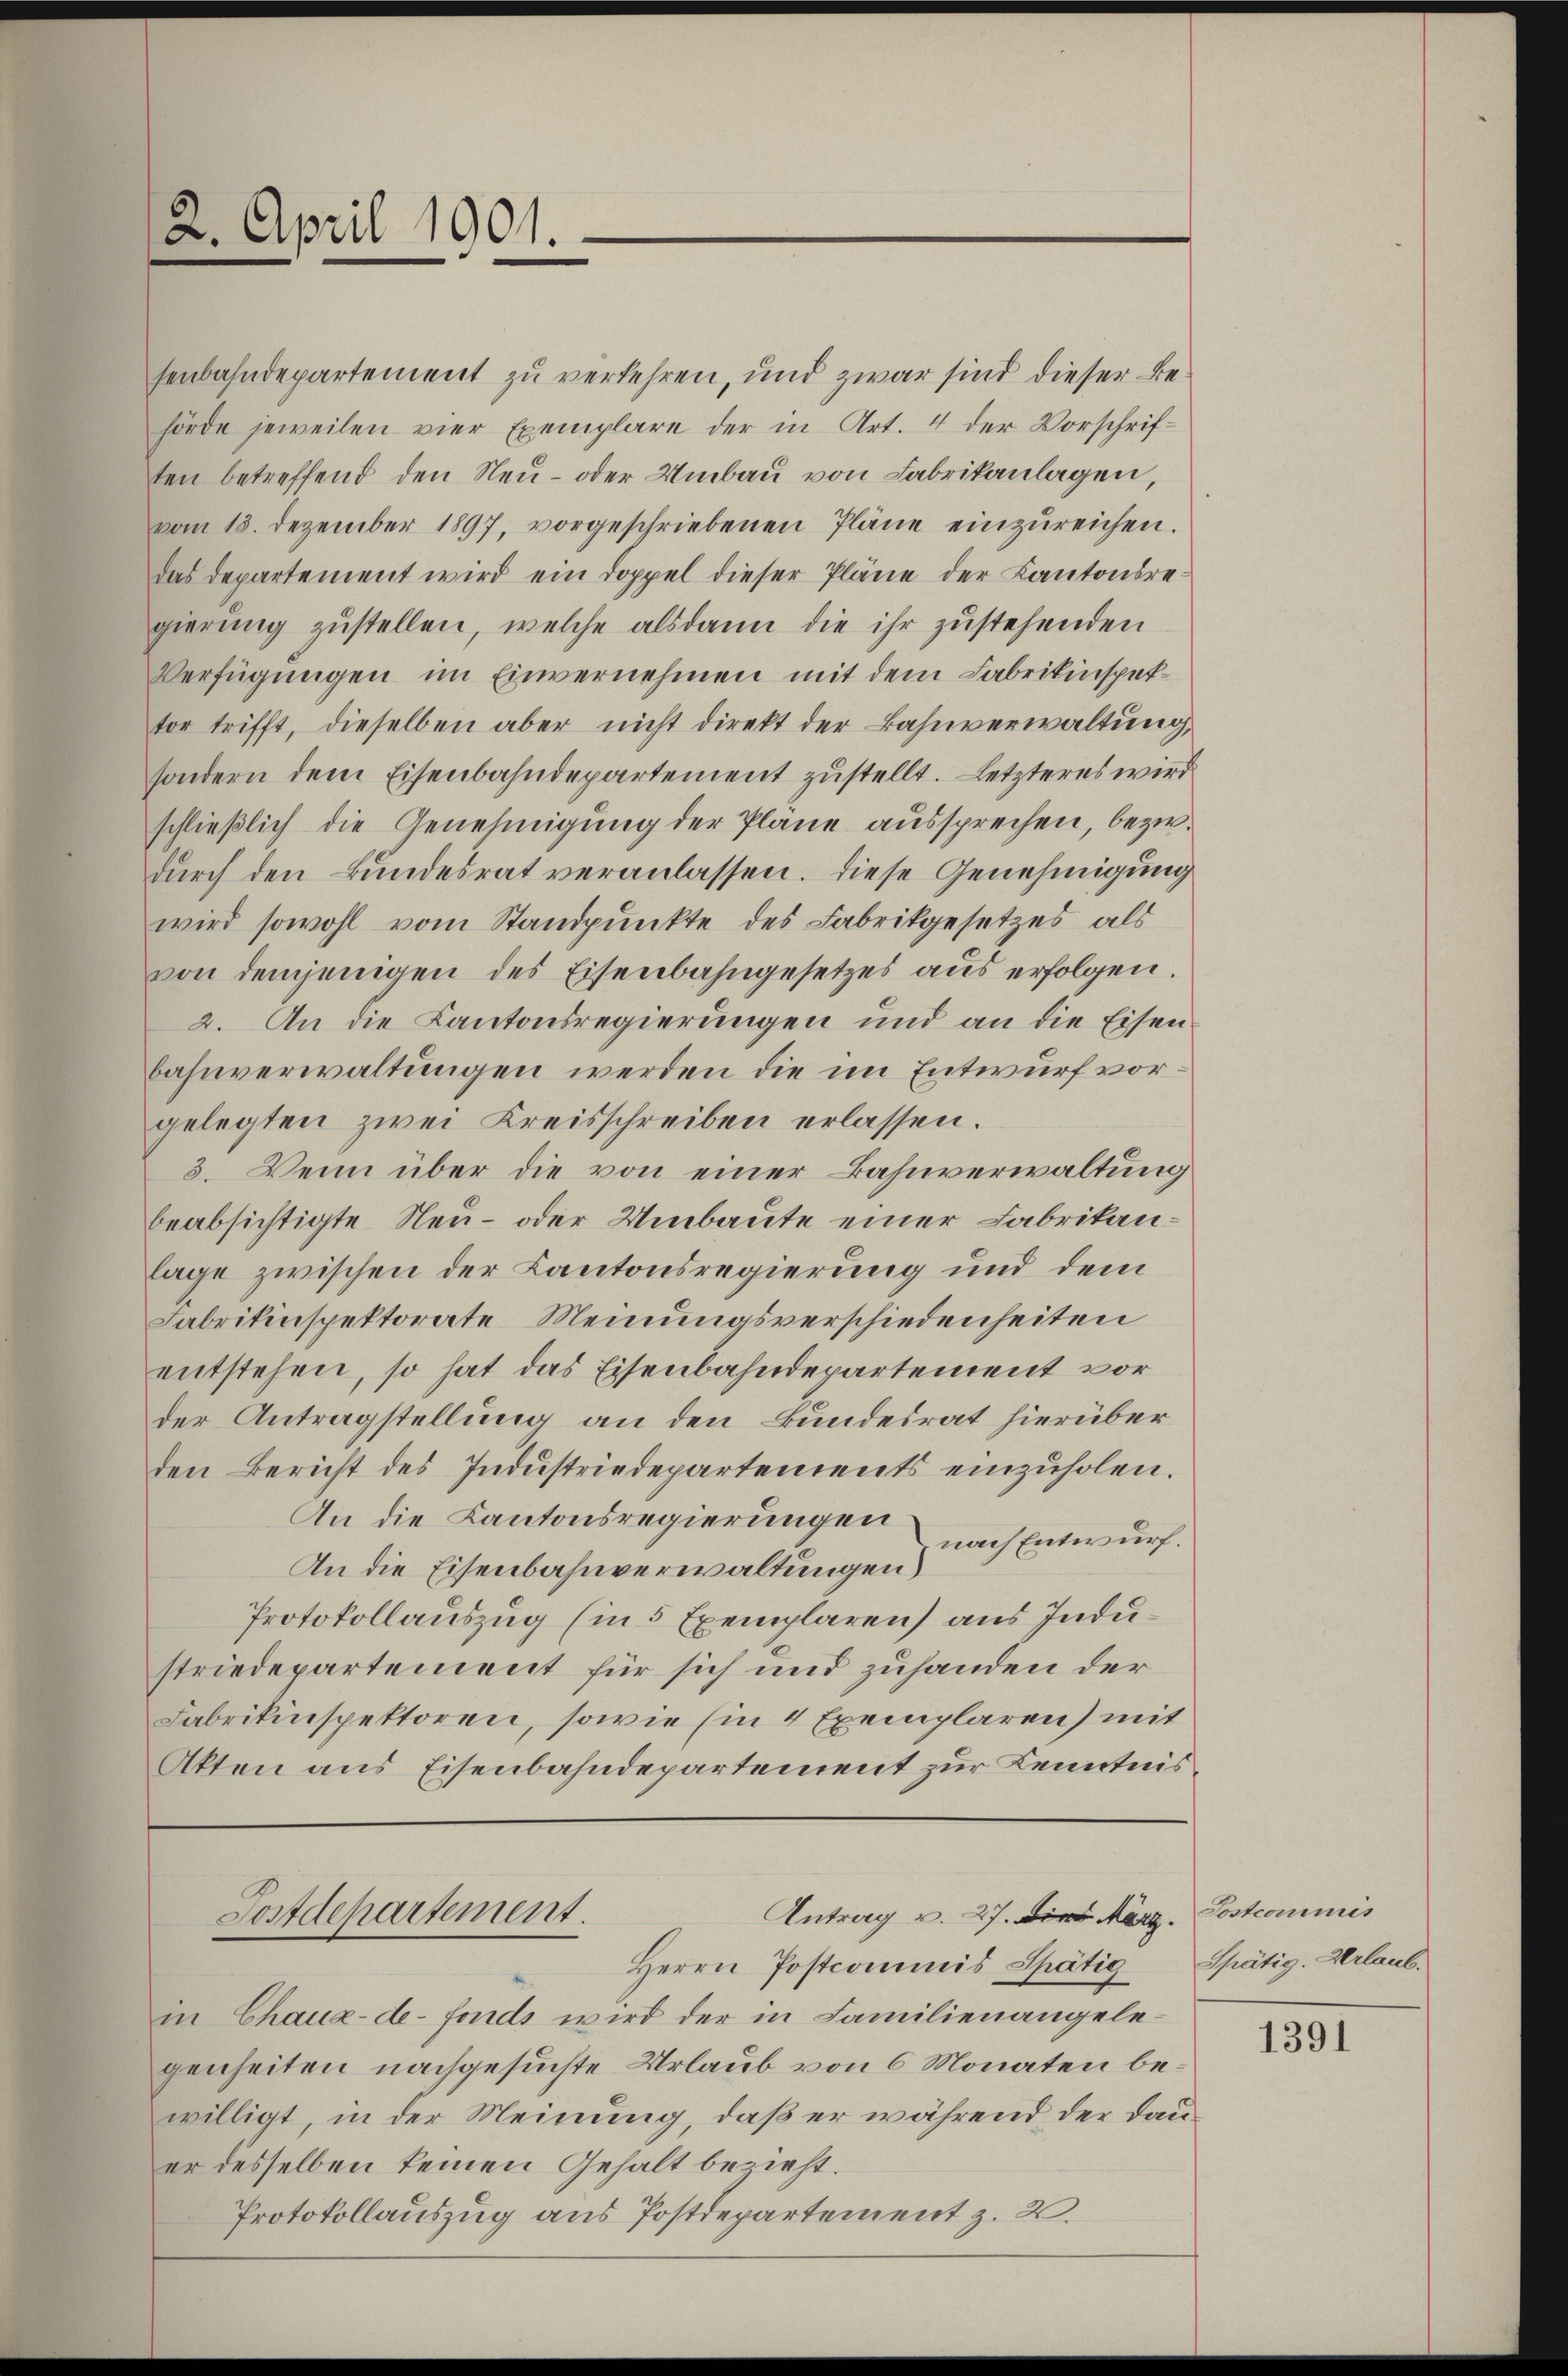
2. April 1901.

senbahndepartement zu verkehren, und zwar sind dieser Behörde jeweilen vier Exemplare der in Art. 4 der Vorschriften betreffend den Neu- oder Umbau von Fabrikanlagen,
vom 13. Dezember 1897, vorgeschriebenen Pläne einzŭreichen.
das departement wird ein Doppel dieser Pläne der Kantonsregierŭng zŭstellen, welche alsdann die ihr zustehenden
Verfügungen im Einvernehmen mit dem Fabrikinspektor trifft, dieselben aber nicht direkt der Bahnverwaltung,
sondern dem Eisenbahndepartement zustellt. Letzteres wird
schließlich die Genehmigung der Pläne aussprechen, bezw.
durch den Bundesrat veranlassen. Diese Genehmigung
wird sowohl vom Standpunkte des Fabrikgesetzes als
von demjenigen des Eisenbahngesetzes aus erfolgen.
2. An die Kantonsregierungen und an die Eisen
bahnverwaltungen werden die im Entwurf vorgelegten zwei Kreisschreiben erlassen.
3. Wenn über die von einer Bahnverwaltung
beabsichtigte Neu- oder Umbaute einer Fabrikanlage zwischen der Kantonsregierung und dem
Fabrikinspektorate Meinungsverschiedenheiten
entstehen, so hat das Eisenbahndepartement vorder Antragstellung an den Bundesrat hierüber
den Bericht des Industriedepartements einzuholen.
An die Kantonsregierungen nach Entwurf.
An die Eisenbahnverwaltungen)
Protokollauszug (in 5 Exemplaren) aus Industriedepartement für sich und zuhanden der
Fabrikinspektoren, sowie (in 4 Exemplaren) mit
Akten aus Eisenbahndepartement zur Kenntnis¬

Herrn Postcommis Spätig Spätig. Urlaub.
in Chaux-de-Fonds wird der in Familienangelegenheiten nachgesuchte Urlaub von 6 Monaten bewilligt, in der Meinung, daß er während, der Dauer desselben keinen Gehalt bezieht.
Protokollauszug aus Postdepartement z. 2.

Antrag v. 27. Die März. Postcommis
Postdepartement.

1391